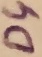
Text: D4